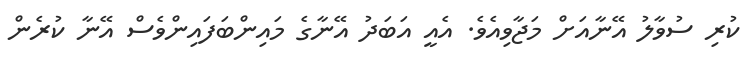
ކުރި ސުވާލު އޭނާއަށް މަޖާވިއެވެ. އެއީ އަބަދު އޭނާގެ މައިންބަފައިންވެސް އޭނާ ކުރެން